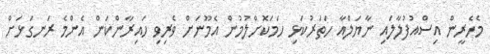
މެހެރީން އިސްއުފުލާލައި ނާޔަލްއާ ހަތަރުކަޅި ހަމަކޮށްލުމުން އެމޫނަށް ވެރިވި ހައިރާންކަން އެންމެ ރަނގަޅަށް